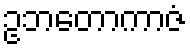
ဥဘတောကာဇံ